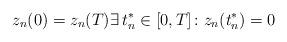
LaTeX: \begin{align*}z_{n}(0) = z_{n}(T) \exists \, t^{*}_{n}\in \mathopen{[}0,T\mathclose{]} \colon z_{n}(t^{*}_{n}) = 0\end{align*}